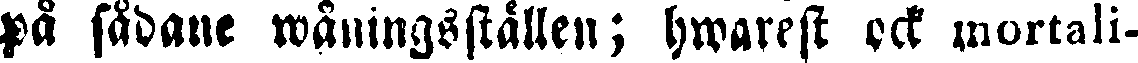
på sådane wåningsställen; hwarest ock mortali-